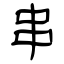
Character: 串